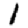
Digit: 1